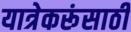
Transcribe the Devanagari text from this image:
यात्रेकरूंसाठी